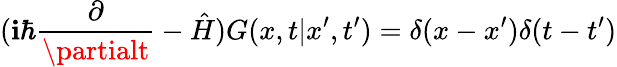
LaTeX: (\mathbf{i}\hbar\frac{{\partial}}{{\partialt}}-\hat{{H}})G(x,t|x^{\prime},t^{\prime})=\delta(x-x^{\prime})\delta(t-t^{\prime})